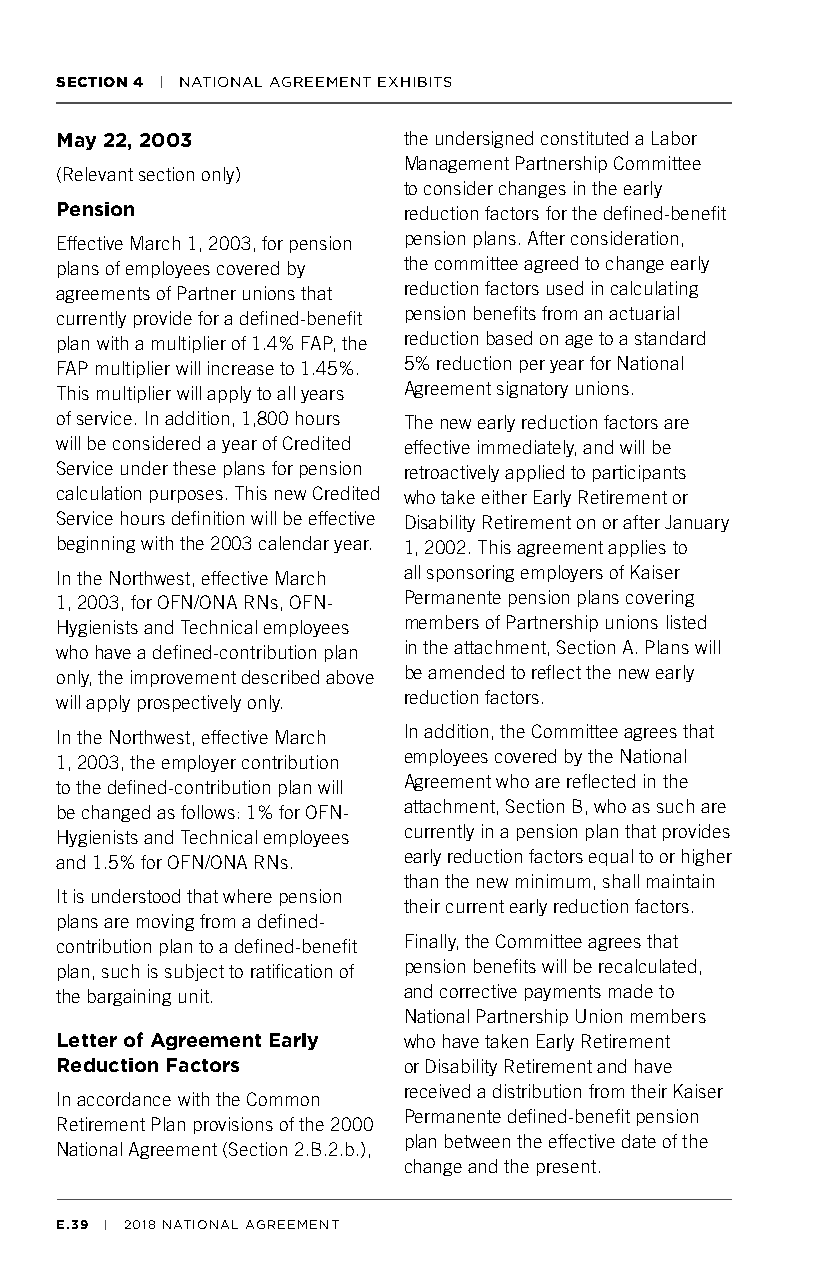
SECTION 4 | NATIONAL AGREEMENT EXHIBITS
 May 22, 2003           the undersigned constituted a Labor
 Management Partnership Committee
 (Relevant section only)
 to consider changes in the early
 Pension                reduction factors for the defined-benefit
 Effective March 1, 2003, for pension pension plans. After consideration,
 plans of employees covered by the committee agreed to change early
 agreements of Partner unions that reduction factors used in calculating
 currently provide for a defined-benefit pension benefits from an actuarial
 plan with a multiplier of 1.4% FAP, the reduction based on age to a standard
 FAP multiplier will increase to 1.45%. 5% reduction per year for National
 This multiplier will apply to all years Agreement signatory unions.
 of service. In addition, 1,800 hours The new early reduction factors are
 will be considered a year of Credited effective immediately, and will be
 Service under these plans for pension retroactively applied to participants
 calculation purposes. This new Credited who take either Early Retirement or
 Service hours definition will be effective Disability Retirement on or after January
 beginning with the 2003 calendar year. 1, 2002. This agreement applies to
 In the Northwest, effective March all sponsoring employers of Kaiser
 1, 2003, for OFN/ONA RNs, OFN- Permanente pension plans covering
 Hygienists and Technical employees members of Partnership unions listed
 who have a defined-contribution plan in the attachment, Section A. Plans will
 only, the improvement described above be amended to reflect the new early
 will apply prospectively only. reduction factors.
 In the Northwest, effective March In addition, the Committee agrees that
 1, 2003, the employer contribution employees covered by the National
 to the defined-contribution plan will Agreement who are reflected in the
 be changed as follows: 1% for OFN- attachment, Section B, who as such are
 Hygienists and Technical employees currently in a pension plan that provides
 and 1.5% for OFN/ONA RNs. early reduction factors equal to or higher
 than the new minimum, shall maintain
 It is understood that where pension
 their current early reduction factors.
 plans are moving from a defined-
 contribution plan to a defined-benefit Finally, the Committee agrees that
 plan, such is subject to ratification of pension benefits will be recalculated,
 the bargaining unit.   and corrective payments made to
 National Partnership Union members
 Letter of Agreement Early who have taken Early Retirement
 Reduction Factors      or Disability Retirement and have
 received a distribution from their Kaiser
 In accordance with the Common
 Permanente defined-benefit pension
 Retirement Plan provisions of the 2000
 plan between the effective date of the
 National Agreement (Section 2.B.2.b.),
 change and the present.
 E.39 | 2018 NATIONAL AGREEMENT